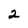
Character: 2